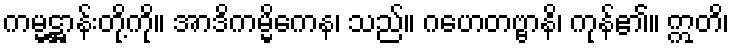
ကမ္မဋ္ဌာန်းတို့ကို။ အာဒိကမ္မိကေန၊ သည်။ ဂဟေတဗ္ဗာနိ၊ ကုန်၏။ ဣတိ၊